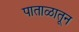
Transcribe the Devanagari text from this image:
पाताळातून